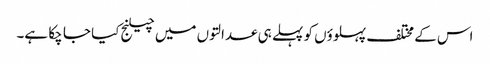
اس کے مختلف پہلوؤں کو پہلے ہی عدالتوں میں چیلنج کیا جا چکا ہے۔